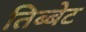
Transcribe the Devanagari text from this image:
तिब्बेट